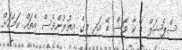
ސްޕެޝަލް ޑޭ ކާ ވޮޝް ޑޭ އަދި މީގެ އިތުރުންވެސް އެތައް ކަމަކަށް